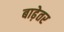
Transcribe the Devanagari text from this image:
बाढ़ेतर